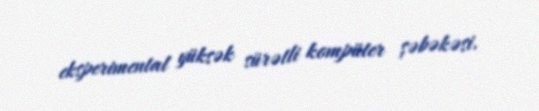
eksperimental yüksək sürətli kompüter şəbəkəsi.